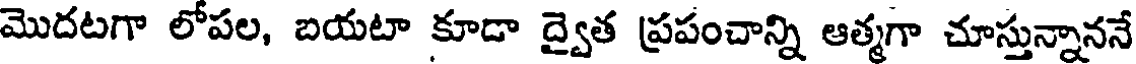
మొదటగా లోపల, బయటా కూడా ద్వైత ప్రపంచాన్ని ఆత్మగా చూస్తున్నాననే